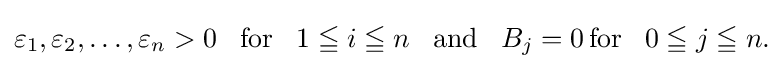
{\textstyle {\begin{aligned}\varepsilon _{1},\varepsilon _{2},\dots ,\varepsilon _{n}>0~~\operatorname {for} ~~1\leqq i\leqq n~~\operatorname {and} ~~B_{j}=0\operatorname {for} ~~0\leqq j\leqq n.\end{aligned}}}